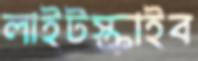
লাইটস্ক্রাইব